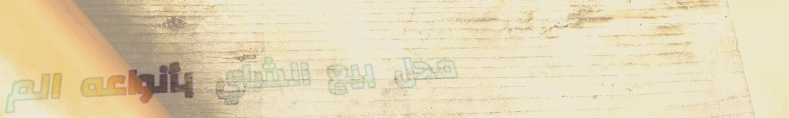
محل بيع الشاي بأنواعه الم